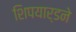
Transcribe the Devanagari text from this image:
शिपयार्डने